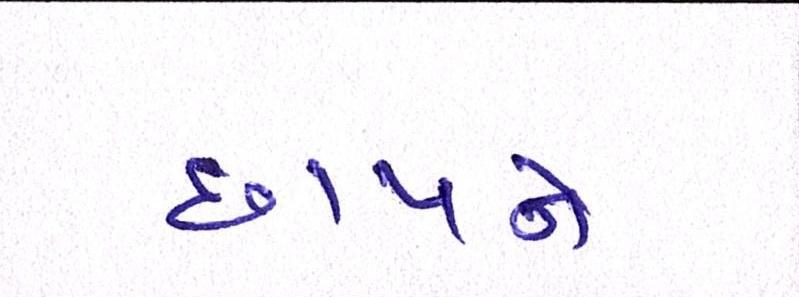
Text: છાપને